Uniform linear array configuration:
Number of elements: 4
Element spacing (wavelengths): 1
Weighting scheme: kaiser
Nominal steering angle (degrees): -15
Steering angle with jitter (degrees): -15.492
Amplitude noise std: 0.05
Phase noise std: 0.05

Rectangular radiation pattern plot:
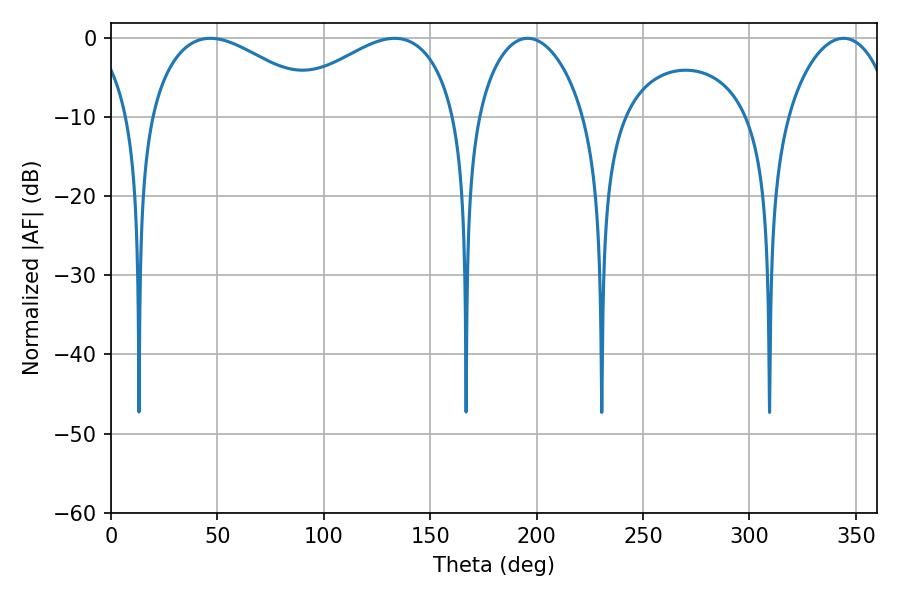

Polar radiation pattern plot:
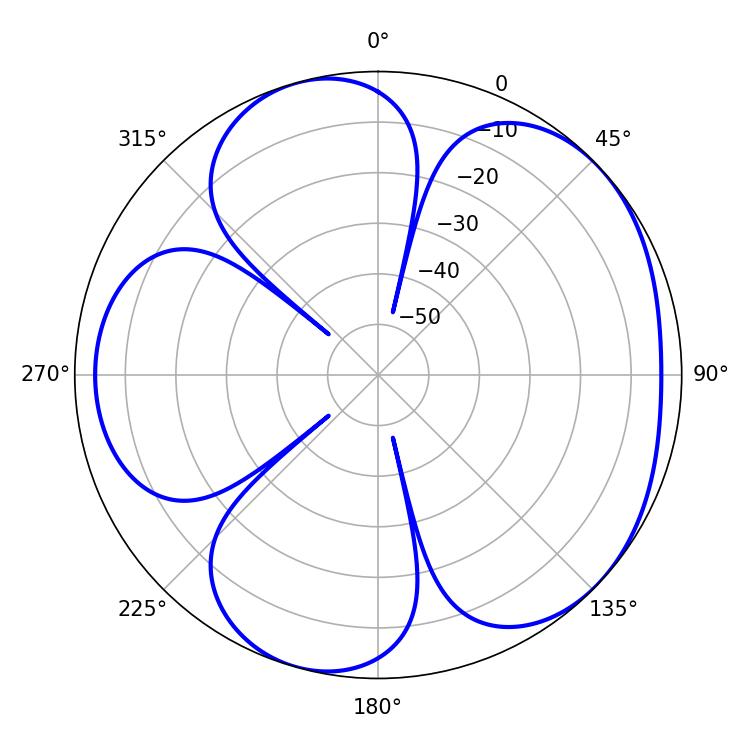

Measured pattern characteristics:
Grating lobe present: TRUE
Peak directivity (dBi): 4.842
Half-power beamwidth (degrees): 28.62
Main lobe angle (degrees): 195.84